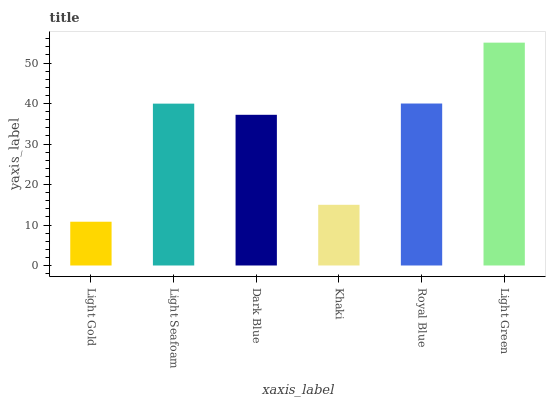
| xaxis_label | bars |
 | --- | --- |
 | Light Gold | 10.8 |
 | Light Seafoam | 40 |
 | Dark Blue | 37.2 |
 | Khaki | 15 |
 | Royal Blue | 40 |
 | Light Green | 55 |